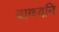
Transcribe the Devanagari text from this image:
वाग्ध्वनि